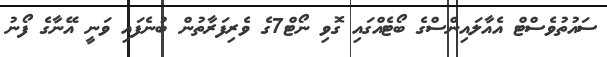
ސައުތުވެސްޓް އެއާލައިންސްގެ ބޯޓެއްގައި ގޮވި ނޯޓް7ގެ ވެރިފަރާތުން ބުނެފައި ވަނީ އޭނާގެ ފޯނު